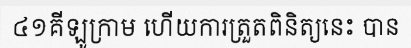
៤១គីឡូក្រាម ហើយការត្រួតពិនិត្យនេះ បាន